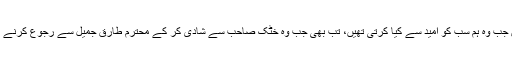
راقم کے لیے وہ تب بھی قابل احترام ستارہ تھیں جب وہ ہم سب کو امید سے کیا کرتی تھیں، تب بھی جب وہ خٹک صاحب سے شادی کر کے محترم طارق جمیل سے رجوع کرنے کے بعد ایک خاموش زندگی بسر کر رہی تھیں۔